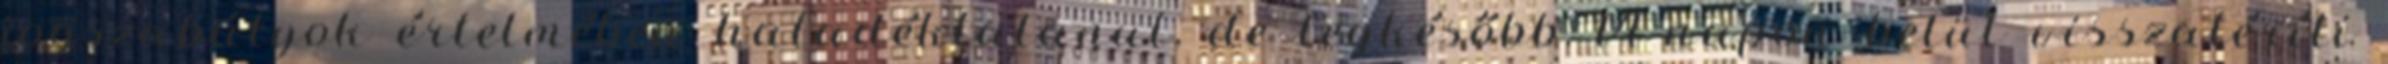
jogszabályok értelmében haladéktalanul, de legkésőbb 14 napon belül visszatéríti